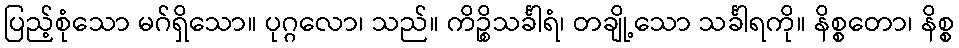
ပြည့်စုံသော မဂ်ရှိသော။ ပုဂ္ဂလော၊ သည်။ ကိဉ္စိသင်္ခါရံ၊ တချို့သော သင်္ခါရကို။ နိစ္စတော၊ နိစ္စ